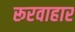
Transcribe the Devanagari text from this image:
रूरवाहार